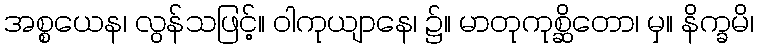
အစ္စယေန၊ လွန်သဖြင့်။ ဝါကုယျာနေ၊ ၌။ မာတုကုစ္ဆိတော၊ မှ။ နိက္ခမိ၊